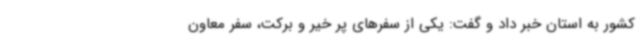
کشور به استان خبر داد و گفت: یکی از سفرهای پر خیر و برکت، سفر معاون